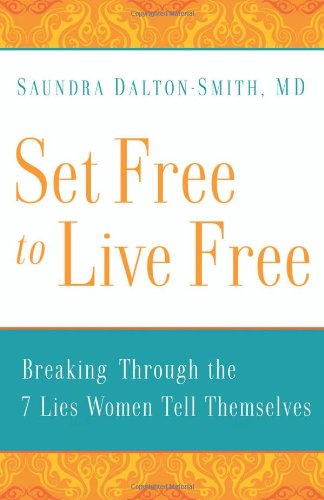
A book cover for Set Free to Live Free: Breaking Through the 7 Lies Women Tell Themselves; Saundra Dalton-Smith; Christian Books & Bibles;